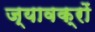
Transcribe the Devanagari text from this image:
ज्यावक्रों